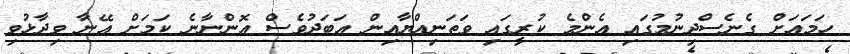
ހަމައަށް ގެނެސްދިނުމުގައި އެންމެ ކުރީގައި ވަތަނިއްޔާއިން އަބަދުވެސް އޮންނާނެ ކަމަށް އޭނާ ވިދާޅުވި